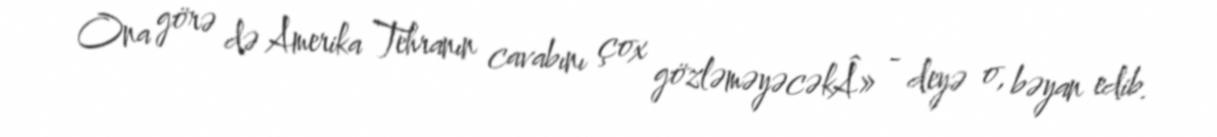
Ona görə də Amerika Tehranın cavabını çox gözləməyəcəkÂ» - deyə o, bəyan edib.